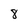
Character: 8